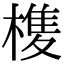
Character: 𭫺